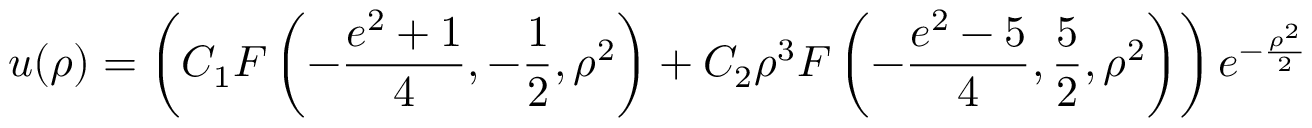
u ( \rho ) = \left( C _ { 1 } F \left( - \frac { e ^ { 2 } + 1 } { 4 } , - \frac { 1 } { 2 } , \rho ^ { 2 } \right) + C _ { 2 } \rho ^ { 3 } F \left( - \frac { e ^ { 2 } - 5 } { 4 } , \frac { 5 } { 2 } , \rho ^ { 2 } \right) \right) e ^ { - \frac { \rho ^ { 2 } } { 2 } }